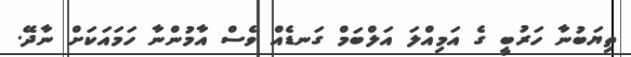
ތިޔަބުނާ ހަރުބީ ގެ އަމިއްލަ އަލްބަމް ގަނޑެއް ވެސް އާމުންނާ ހަމައަކަށް ނާދޭ.